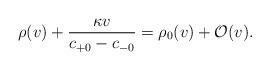
LaTeX: \begin{align*} \rho(v)+\frac{\kappa v}{c_{+0}-c_{-0}}=\rho_0(v)+\mathcal{O}(v).\end{align*}